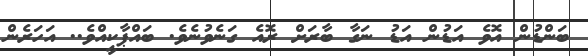
ބަންޑުން އޮވެ އަޑުން އަޑު ނަގާ ބާރަށް ރޮއެ ގަނެވުނެވެ. ބައްޕާކީއްވެ.. އަހަރެން